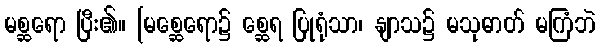
မစ္ဆရော ပြီး၏။ [မစ္ဆေရော၌ စ္ဆေရ ပြုရုံသာ၊ နျာသ၌ မသုဓာတ် မကြံဘဲ